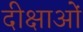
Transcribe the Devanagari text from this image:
दीक्षाओं